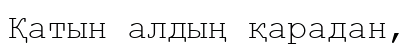
Қатын алдың қарадан,